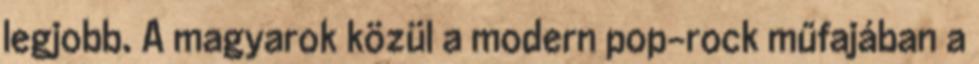
legjobb. A magyarok közül a modern pop-rock műfajában a